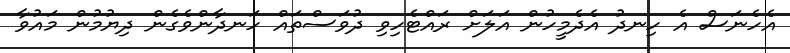
އެހެނަސް އެ ހިނދު އެދެމީހުން އަލަށް ރައްޓެހިވި ދުވަސްތައް ހަނދާންވެގެން ދިޔުމުން މައުވާ